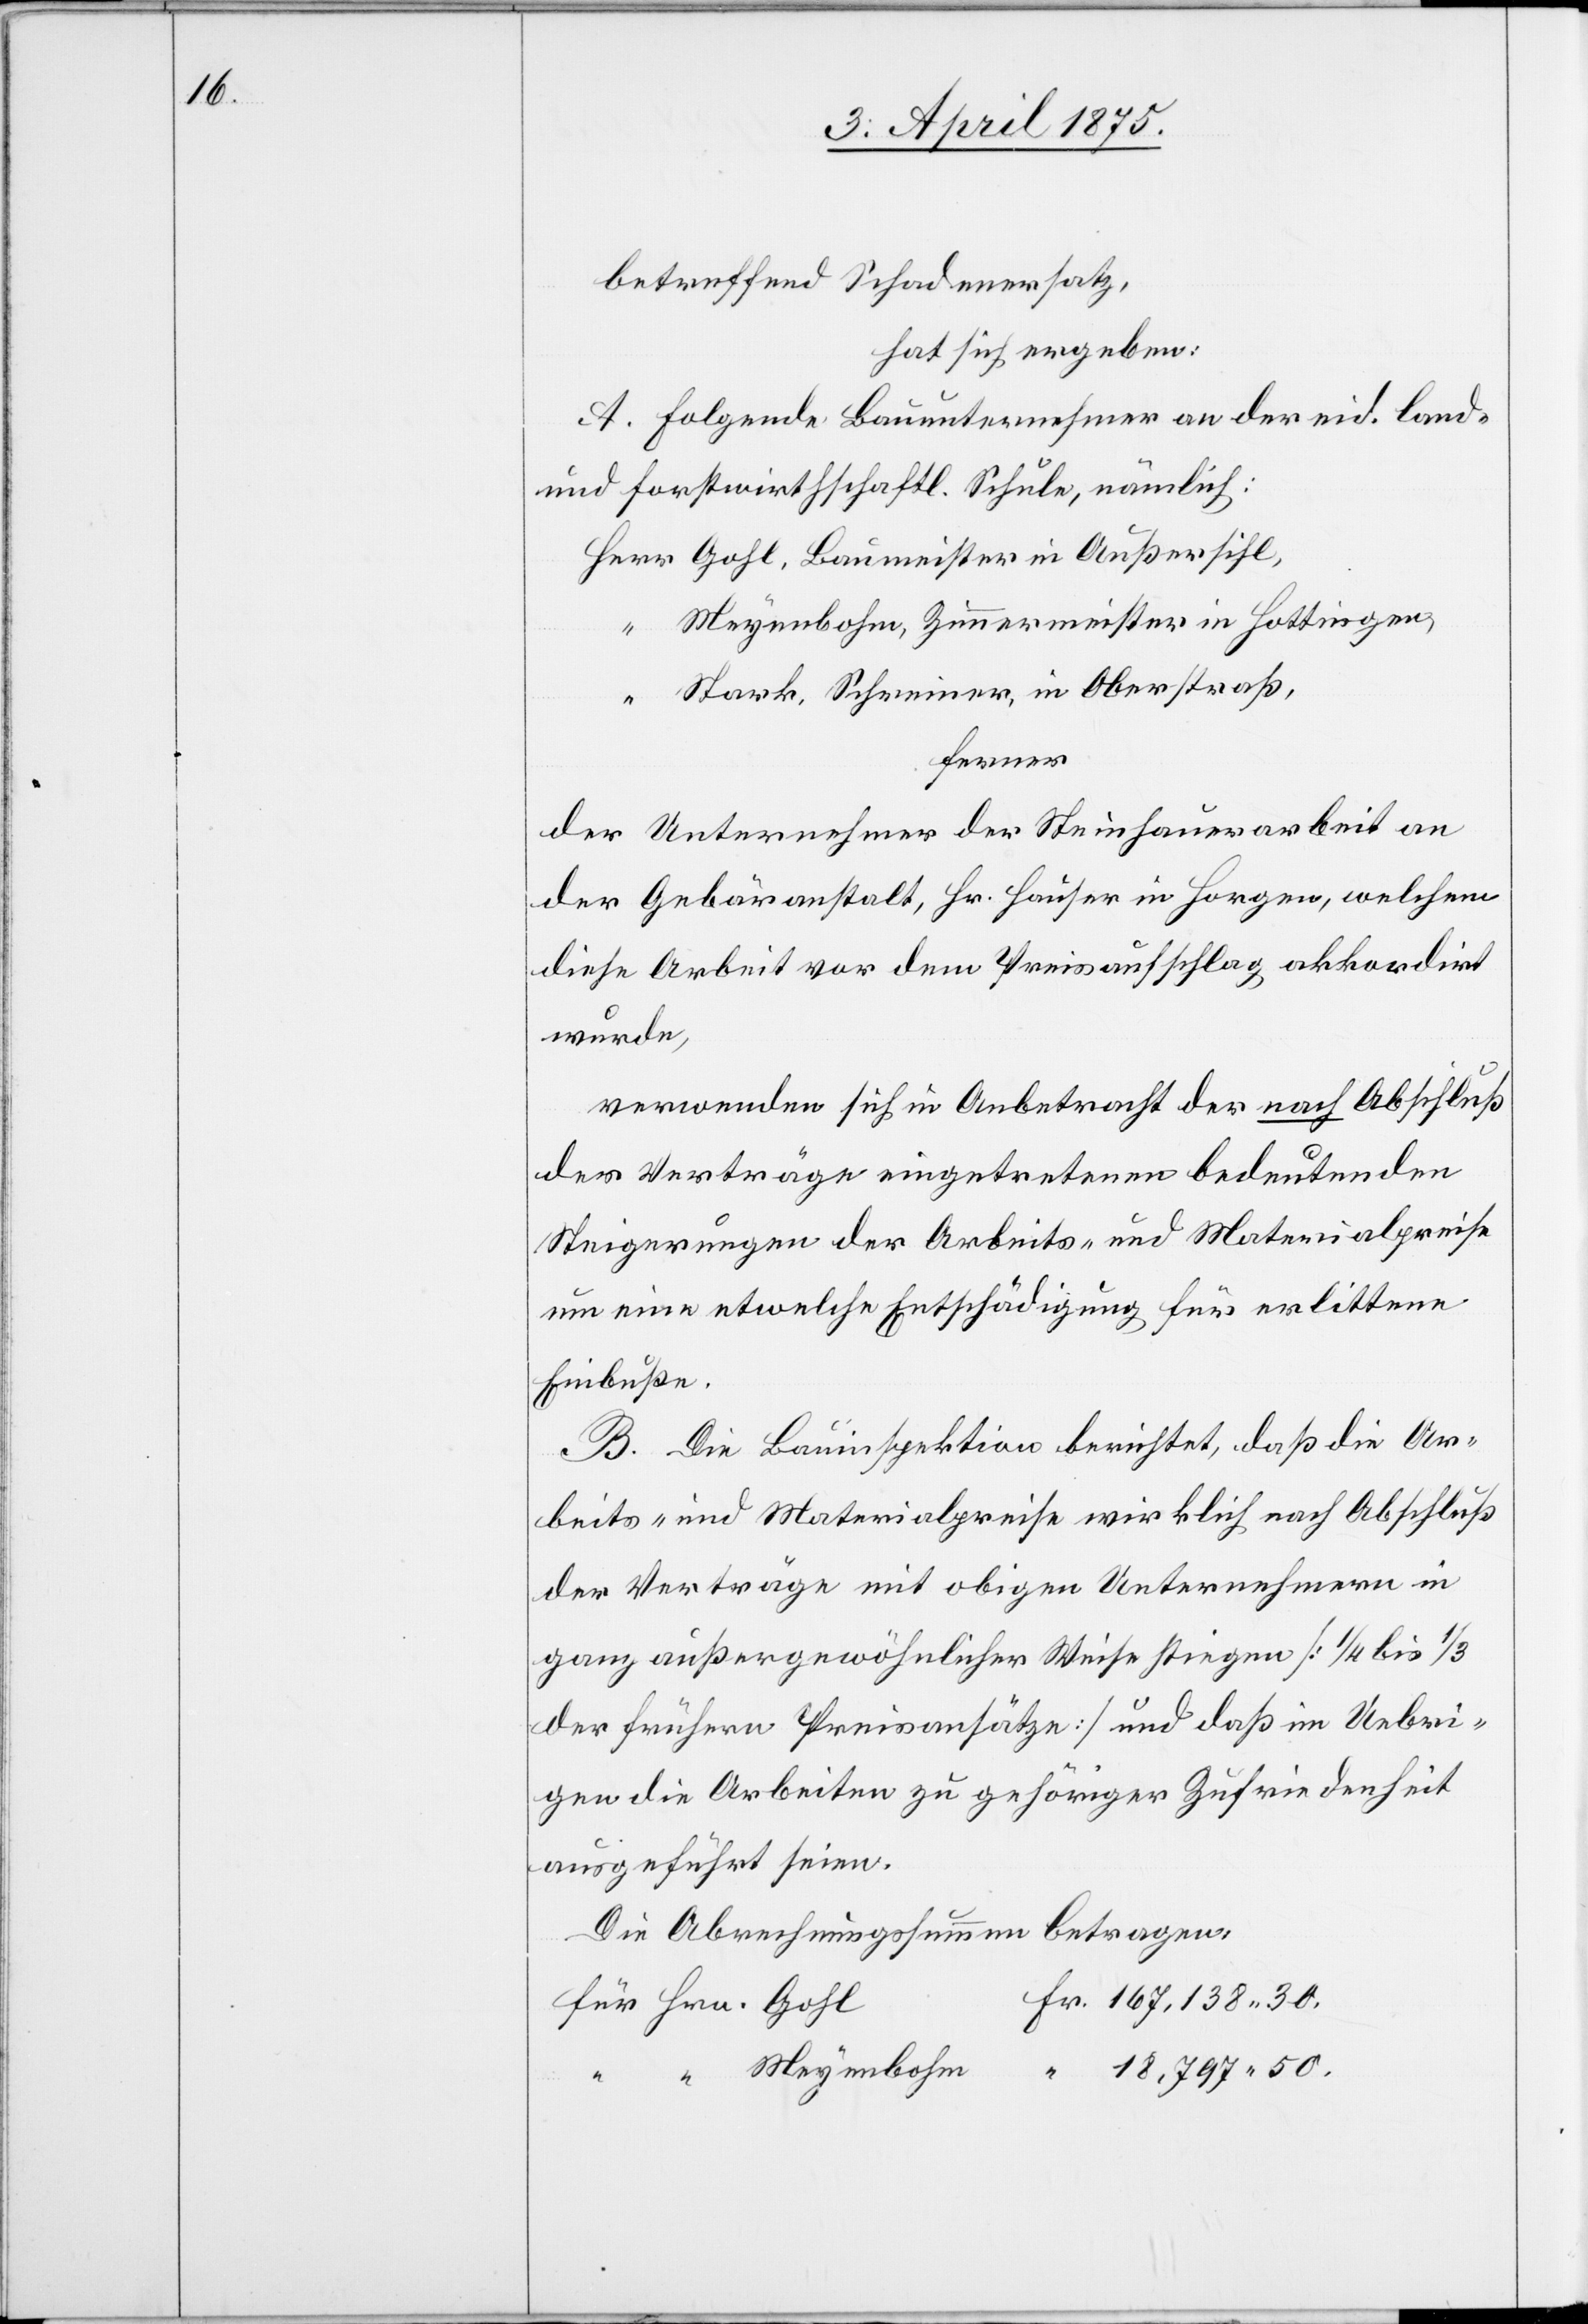
30.

betreffend Schadenersatz,
hat sich ergeben:
A. Folgende Bauunternehmer an der eid. land-
und forstwirtschaftl. Schule, nämlich:
Meyenbohm, Zimmermeister in Hottingen,
Stark, Schreiner, in Oberstraß,
ferner
der Unternehmer der Steinhauerarbeit an
der Gebäranstalt, Hr. Hauser in Horgen, welchem
diese Arbeit vor dem Preisaufschlag akkordirt
wurde,
verwenden sich in Anbetracht der nach Abschluß
der Verträge eingetretenen bedeutenden
Steigerungen der Arbeits- und Materialpreise
um eine etwelche Entschädigung für erlittene
Einbuße.
B. Die Bauinspektion berichtet, daß die Ar¬
beits- und Materialpreise wirklich nach Abschluß
der Verträge mit obigen Unternehmern in
ganz außergewöhnlicher Weise stiegen [1/4 bis 1/3
der früheren Preisansätze] und daß im Uebri¬
gen die Arbeiten zu gehöriger Zufriedenheit
ausgeführt seien.
Die Abrechnungssummen betragen:
Meyenbohm